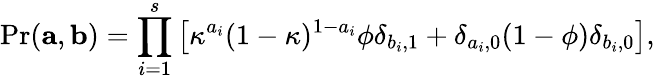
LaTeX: \mathrm{Pr}(\mathbf{a},\mathbf{b})=\prod_{i=1}^{s}\left[\kappa^{a_{i}}(1-\kappa)^{1-a_{i}}\phi\delta_{b_{i},1}+\delta_{a_{i},0}(1-\phi)\delta_{b_{i},0}\right],